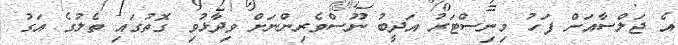
އެ ޖަލްސާއަށް ފަހު މިނިސްޓަރު އަދީބު ނޫސްވެރިންނަށް ވިދާޅުވި ގޮތުގައި ތެލުގެ އަގު